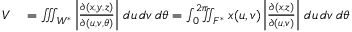
\begin{array} { r l } { V } & { { } = \iiint _ { W ^ { * } } \left| { \frac { \partial ( x , y , z ) } { \partial ( u , v , \theta ) } } \right| \, d u \, d v \, d \theta = \int _ { 0 } ^ { 2 \pi } \! \! \! \! \iint _ { F ^ { * } } x ( u , v ) \left| { \frac { \partial ( x , z ) } { \partial ( u , v ) } } \right| \, d u \, d v \, d \theta } \end{array}